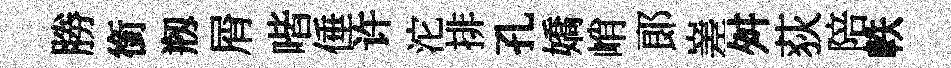
勝銜剏屑喈倕许沱排孔嬌峭郞嵳舛荻陪軼